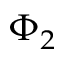
\Phi _ { 2 }